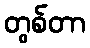
တွစ်တာ